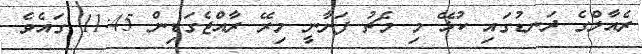
ރެއާލްގެ ދަނޑުގައި ކުޅޭ މި މެޗު ފަށާނީ މިރޭ ރާއްޖެގަޑިން 11:45 ގައެވެ.